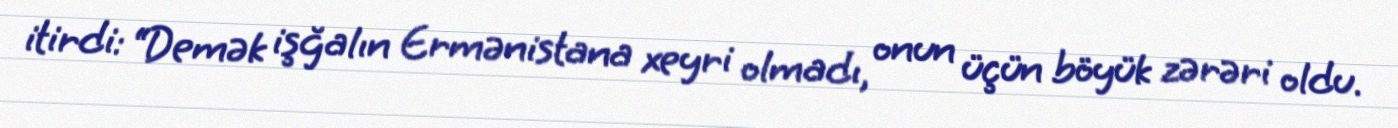
itirdi: “Demək işğalın Ermənistana xeyri olmadı, onun üçün böyük zərəri oldu.